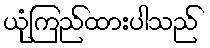
ယုံကြည်ထားပါသည်